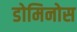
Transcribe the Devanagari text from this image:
डोमिनोस